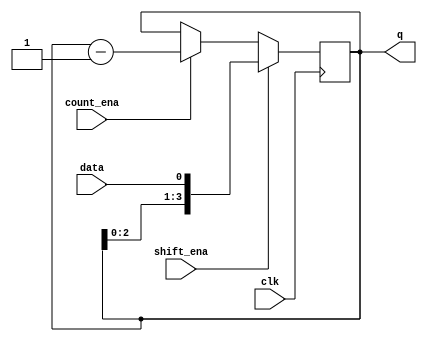
module top_module (
    input clk,
    input shift_ena,
    input count_ena,
    input data,
    output reg [3:0] q);

    always@(posedge clk)begin
        if(shift_ena)
            q <= {q[2:0], data};
        else if(count_ena)
            q <= q - 1;
    end
    


endmodule